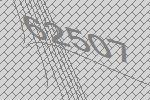
62507